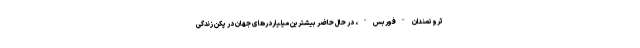
ثروتمندان "فوربس"، در حال حاضر بیشترین میلیاردرهای جهان در پکن زندگی